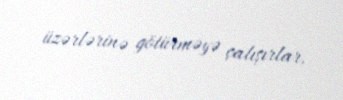
üzərlərinə götürməyə çalışırlar.